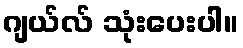
ဂျယ်လ် သုံးပေးပါ။